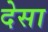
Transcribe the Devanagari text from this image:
देसा